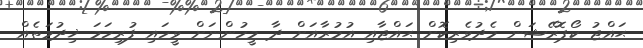
ޙައްޖު ކޯޕޮރޭޝަން މެދުވެރިކޮށް ޙައްޖާއި އުމުރާއަށް ދާ މީހުންނަށް ވީހައި ފުރިހަމަ ޚިދުމަތެއް